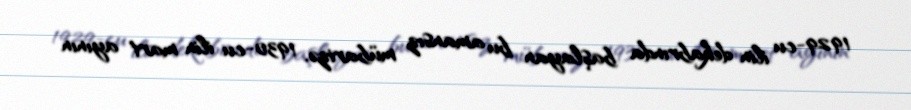
1929-cu ilin dekabrında başlayan bu amansız mübarizə, 1930-cu ilin mart ayının